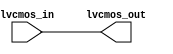
module io_block (
  input wire lvcmos_in,
  output wire lvcmos_out
);

assign lvcmos_out = lvcmos_in;

endmodule